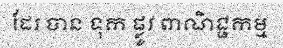
ដែរ បាន ទុក ផ្លូវ ពាណិជ្ជកម្ម